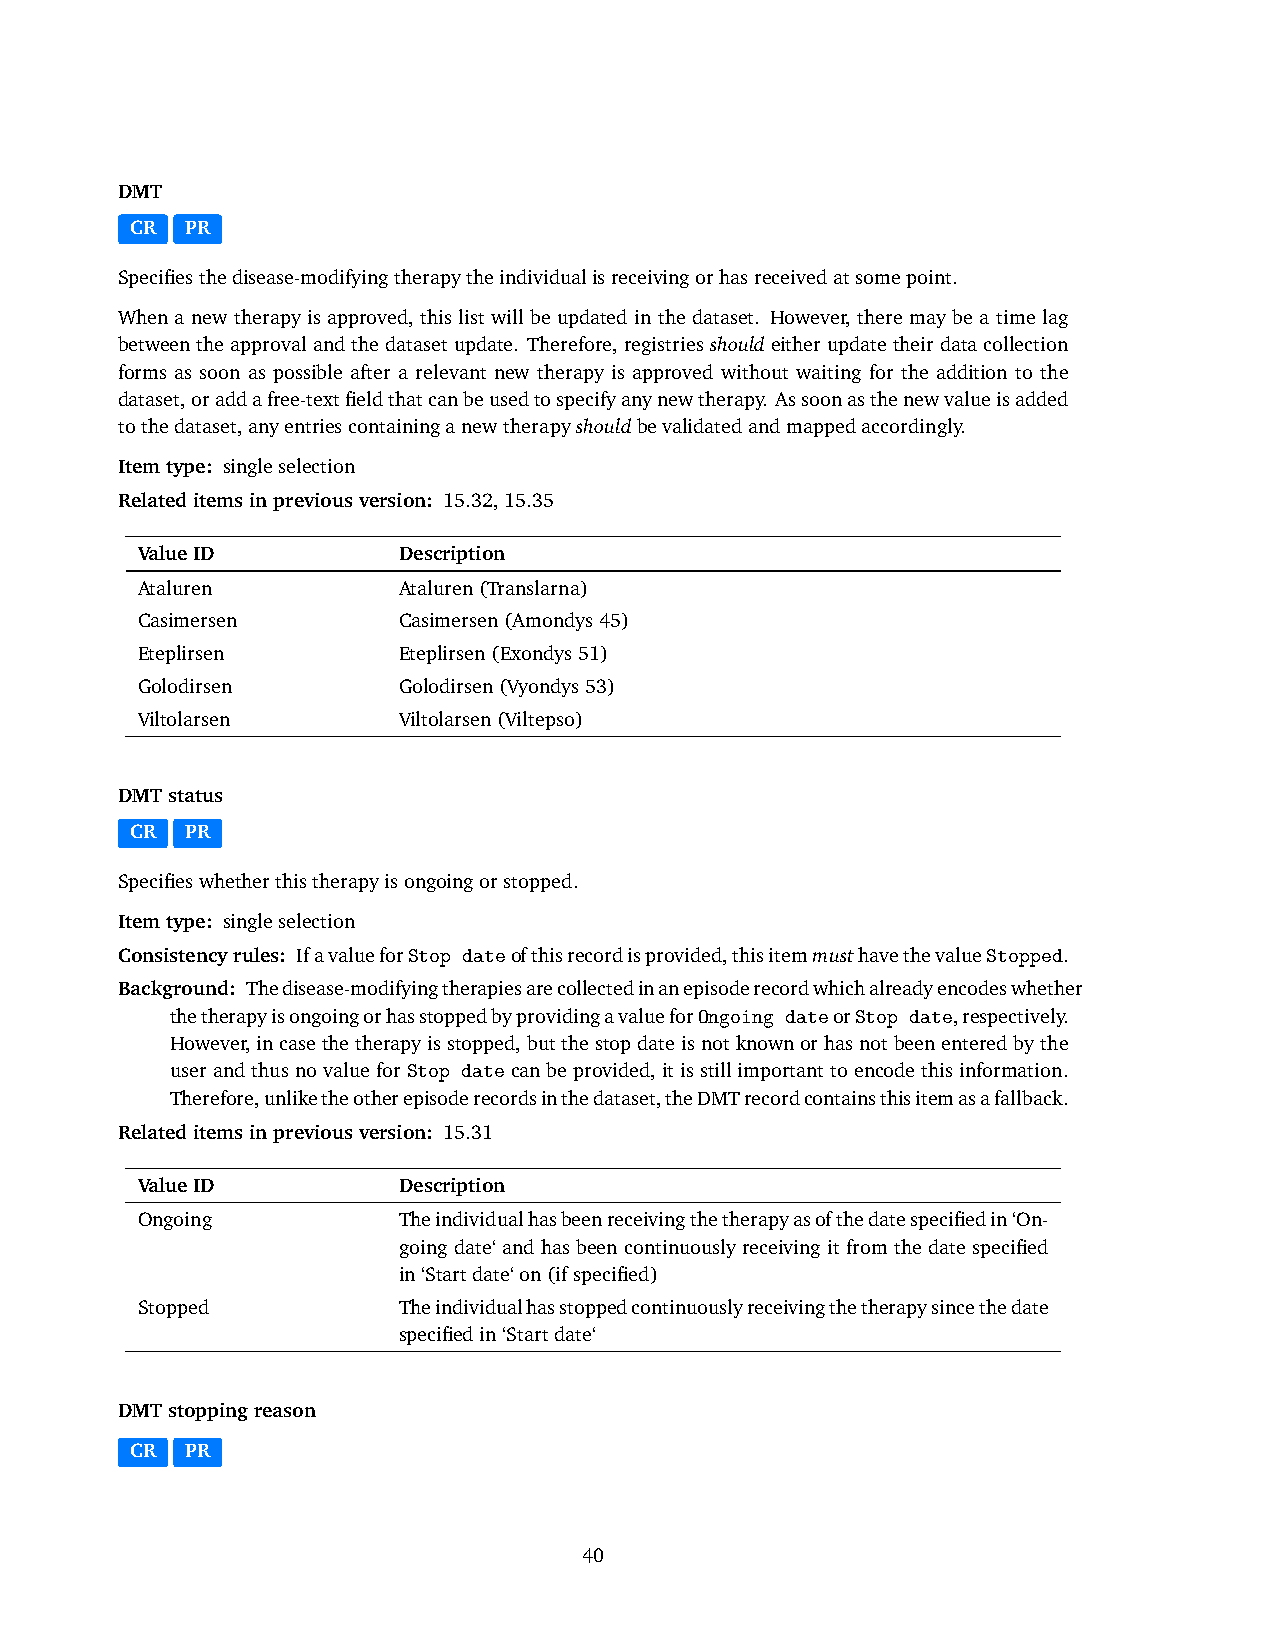
DMT
 CR PR
 Specifiesthedisease-modifyingtherapytheindividualisreceivingorhasreceivedatsomepoint.
 When a new therapy is approved, this list will be updated in the dataset. However, there may be a time lag
 betweentheapprovalandthedatasetupdate. Therefore,registriesshouldeitherupdatetheirdatacollection
 forms as soon as possible after a relevant new therapy is approved without waiting for the addition to the
 dataset,oraddafree-textfieldthatcanbeusedtospecifyanynewtherapy. Assoonasthenewvalueisadded
 tothedataset,anyentriescontaininganewtherapyshouldbevalidatedandmappedaccordingly.
 Itemtype: singleselection
 Relateditemsinpreviousversion: 15.32,15.35
 ValueID          Description
 Ataluren         Ataluren(Translarna)
 Casimersen       Casimersen(Amondys45)
 Eteplirsen       Eteplirsen(Exondys51)
 Golodirsen       Golodirsen(Vyondys53)
 Viltolarsen      Viltolarsen(Viltepso)
 DMTstatus
 CR PR
 Specifieswhetherthistherapyisongoingorstopped.
 Itemtype: singleselection
 Consistencyrules: IfavalueforStop dateofthisrecordisprovided,thisitemmusthavethevalueStopped.
 Background: Thedisease-modifyingtherapiesarecollectedinanepisoderecordwhichalreadyencodeswhether
 thetherapyisongoingorhasstoppedbyprovidingavalueforOngoing dateorStop date,respectively.
 However,incasethetherapyisstopped,butthestopdateisnotknownorhasnotbeenenteredbythe
 userandthusnovalueforStop datecanbeprovided, itisstillimportanttoencodethisinformation.
 Therefore,unliketheotherepisoderecordsinthedataset,theDMTrecordcontainsthisitemasafallback.
 Relateditemsinpreviousversion: 15.31
 ValueID          Description
 Ongoing          Theindividualhasbeenreceivingthetherapyasofthedatespecifiedin‘On-
 going date‘ and has been continuously receiving it from the date specified
 in‘Startdate‘on(ifspecified)
 Stopped          Theindividualhasstoppedcontinuouslyreceivingthetherapysincethedate
 specifiedin‘Startdate‘
 DMTstoppingreason
 CR PR
 40